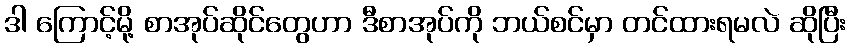
ဒါ ကြောင့်မို့ စာအုပ်ဆိုင်တွေဟာ ဒီစာအုပ်ကို ဘယ်စင်မှာ တင်ထားရမလဲ ဆိုပြီး